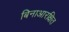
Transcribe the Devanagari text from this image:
बिनाआरक्षित